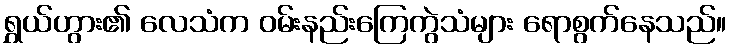
ရွှယ်ဟွား၏ လေသံက ဝမ်းနည်းကြေကွဲသံများ ရောစွက်နေသည်။